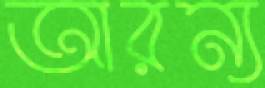
আরন্য